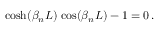
\cosh ( \beta _ { n } L ) \, \cos ( \beta _ { n } L ) - 1 = 0 \, .